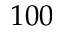
1 0 0